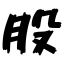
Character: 股